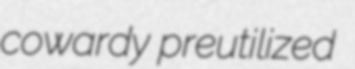
cowardy preutilized